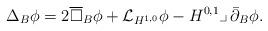
LaTeX: \begin{align*}\Delta_B\phi = 2\overline\square_B\phi +\mathcal{L}_{H^{1,0}}\phi-H^{0,1}\lrcorner\,\bar\partial_B\phi.\end{align*}